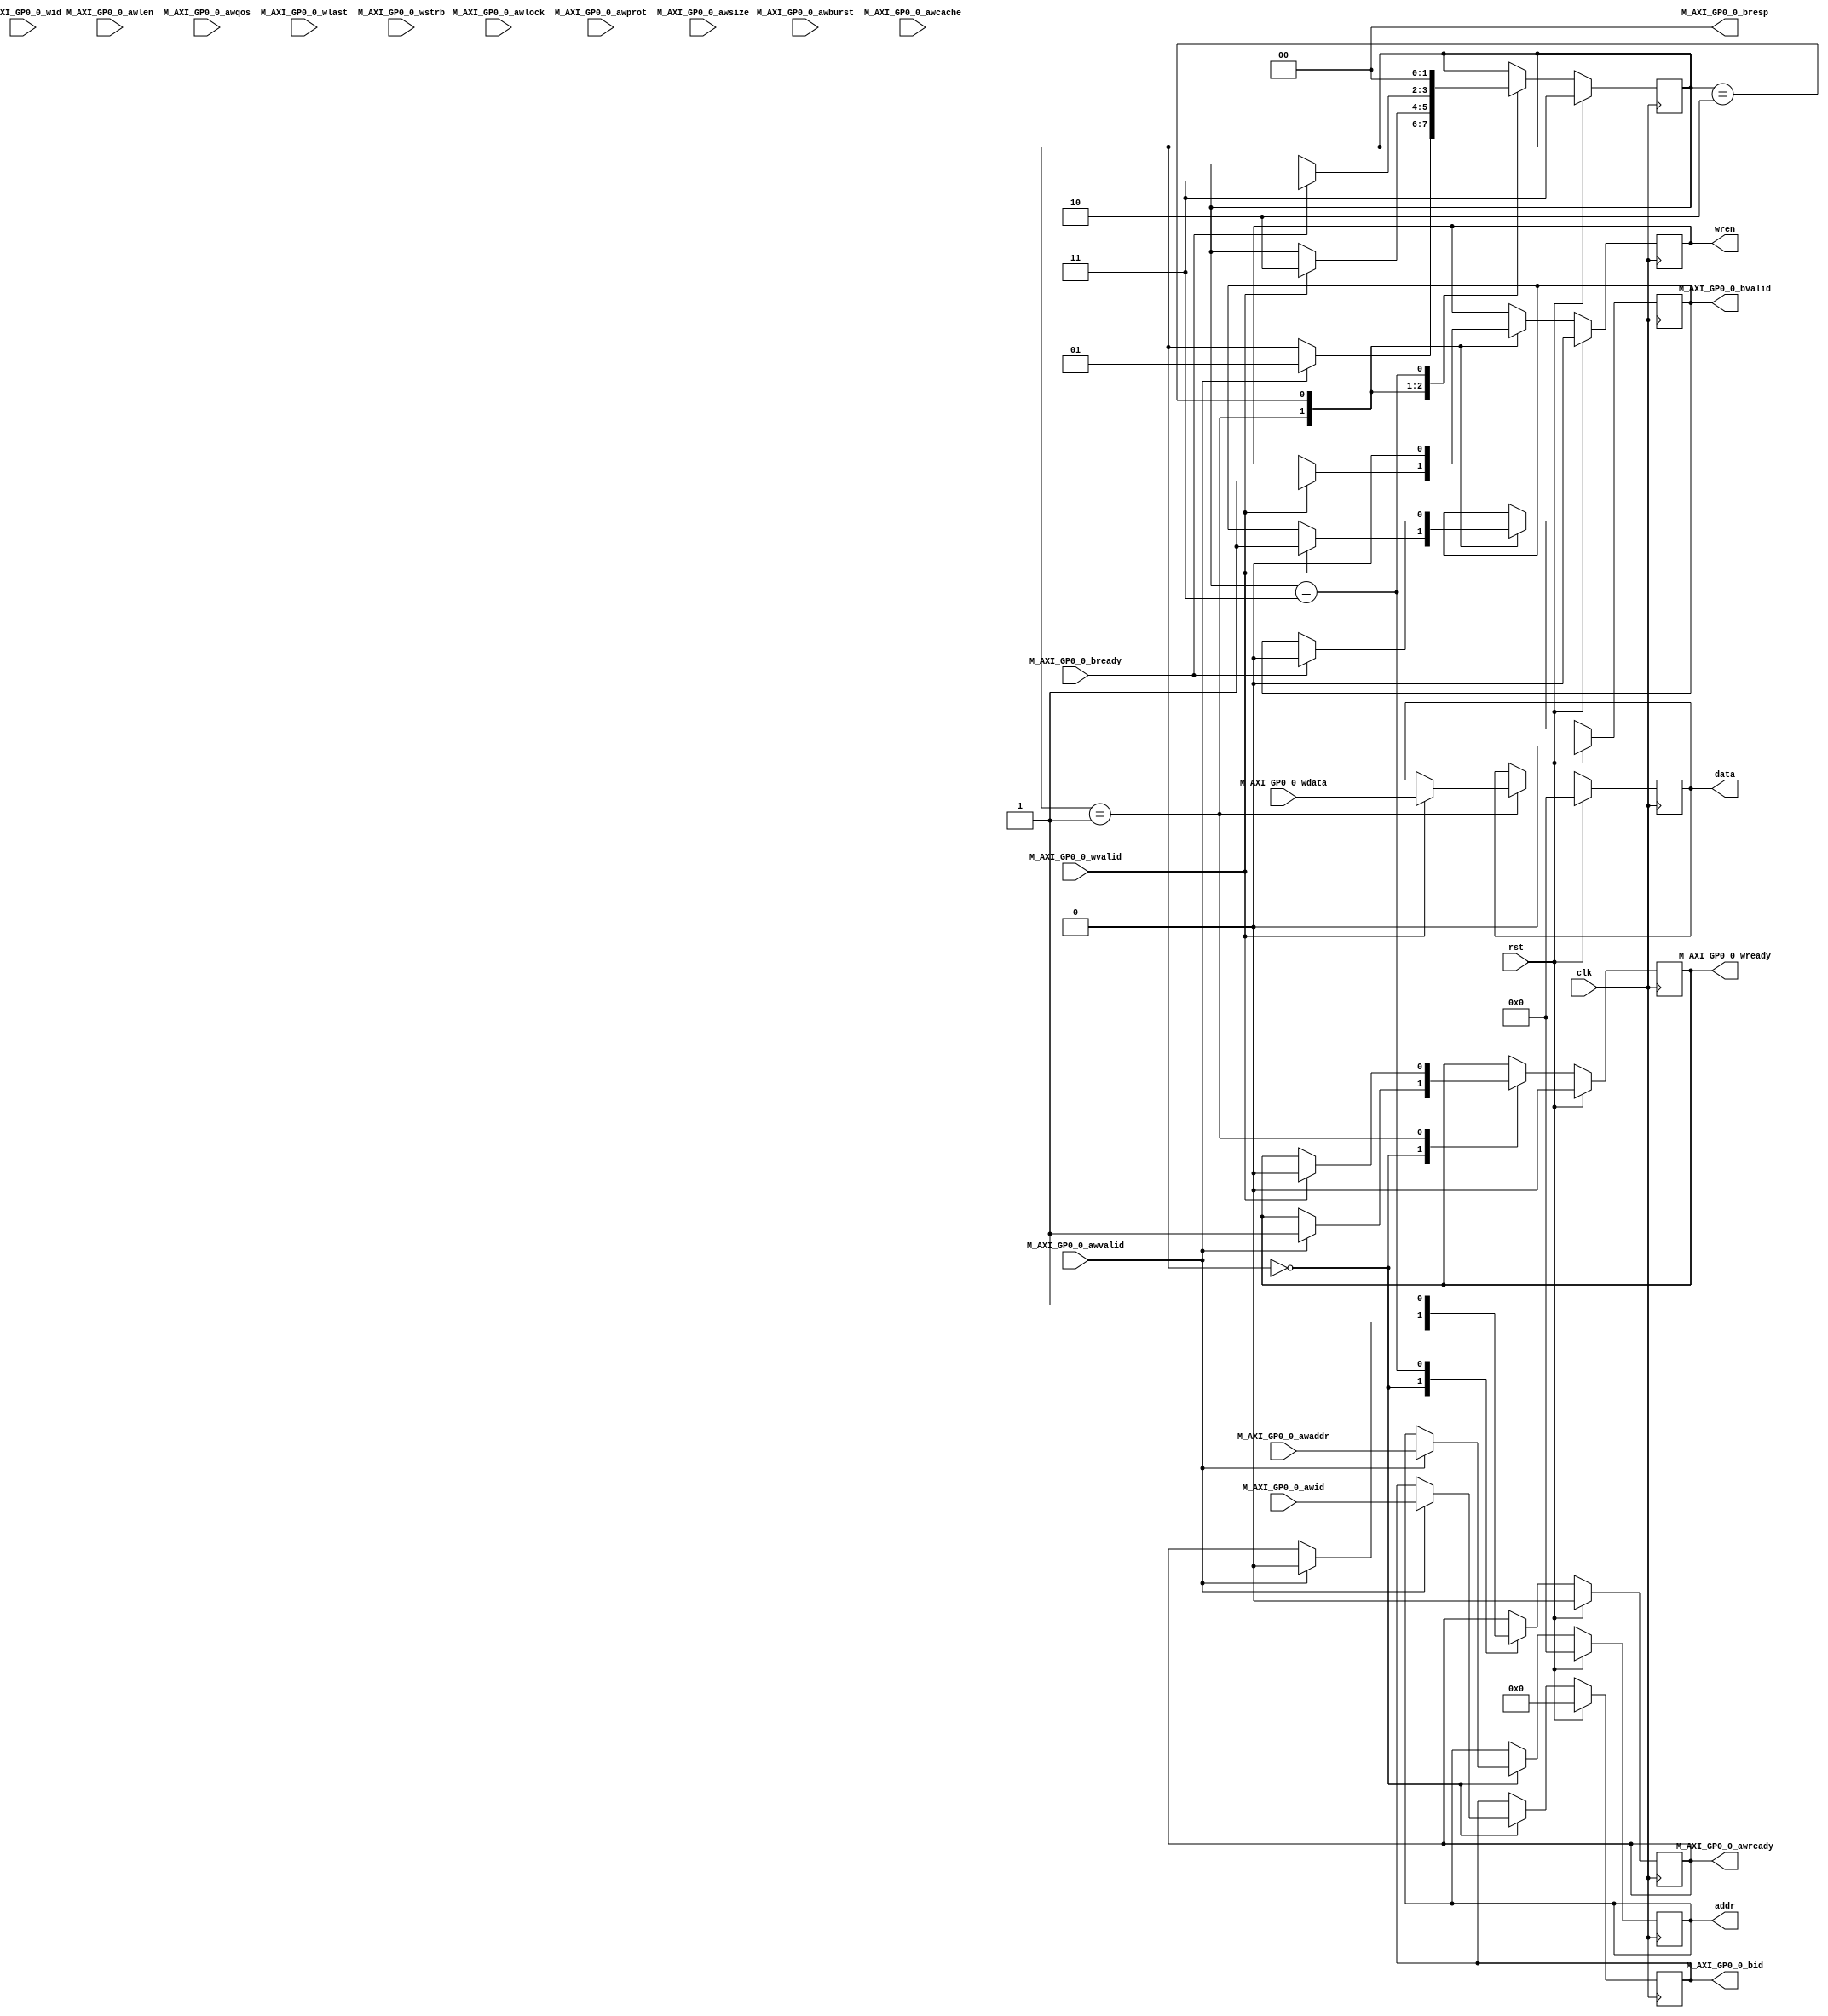
`timescale 1ns / 1ps
//////////////////////////////////////////////////////////////////////////////////
// Company:
// Engineer:
//
// Design Name:
// Module Name: Tc_PS_GP_wr_ctl
// Project Name:
// Target Devices:
// Tool Versions:
// Description:
//
// Dependencies:
//
// Revision:
// Revision 0.01 - File Created
// Additional Comments:
//
//////////////////////////////////////////////////////////////////////////////////


module Tc_PS_GP_wr_ctl(
input                      clk                      ,
input                      rst                      ,
output      [31:0]         addr                     ,
output      [31:0]         data                     ,
output                     wren                     ,
input       [31:0]         M_AXI_GP0_0_awaddr       ,
input       [1:0]          M_AXI_GP0_0_awburst      ,
input       [3:0]          M_AXI_GP0_0_awcache      ,
input       [11:0]         M_AXI_GP0_0_awid         ,
input       [3:0]          M_AXI_GP0_0_awlen        ,
input       [1:0]          M_AXI_GP0_0_awlock       ,
input       [2:0]          M_AXI_GP0_0_awprot       ,
input       [3:0]          M_AXI_GP0_0_awqos        ,
output                     M_AXI_GP0_0_awready      ,
input       [2:0]          M_AXI_GP0_0_awsize       ,
input                      M_AXI_GP0_0_awvalid      ,
output      [11:0]         M_AXI_GP0_0_bid          ,
input                      M_AXI_GP0_0_bready       ,
output      [1:0]          M_AXI_GP0_0_bresp        ,
output                     M_AXI_GP0_0_bvalid       ,
input       [31:0]         M_AXI_GP0_0_wdata        ,
input       [11:0]         M_AXI_GP0_0_wid          ,
input                      M_AXI_GP0_0_wlast        ,
output                     M_AXI_GP0_0_wready       ,
input       [3:0]          M_AXI_GP0_0_wstrb        ,
input                      M_AXI_GP0_0_wvalid
    );

reg        awready   =0;
reg        wready    =0;
reg        bvalid    =0;
reg [11:0] bid       =0;
wire[31:0] awaddr      ;
wire       awvalid     ;
wire[11:0] awid        ;
wire       bready      ;
wire[31:0] wdata       ;
wire       wvalid      ;
reg [31:0] t_addr    =0;
reg [31:0] t_data    =0;
reg        t_wren    =0;

localparam S_IDLE = 0,
           S_ADDR = 1,
           S_DATA = 2,
           S_CMPT = 3;
reg[1:0] state=S_CMPT;
always@(posedge clk)begin
	if(rst)begin
		state      <= S_CMPT;
		awready    <= 0     ;
		wready     <= 0     ;
		bvalid     <= 0     ;
		bid        <= 0     ;
		t_addr     <= 0     ;
		t_data     <= 0     ;
		t_wren     <= 0     ;
	end else begin
		case(state)
			S_IDLE :begin
				if(awvalid)begin
					awready <= 0      ;
					wready  <= 1      ;
					bid     <= awid   ;
					t_addr  <= awaddr ;
					state   <= S_ADDR ;
				end
			end
			S_ADDR :begin
				if(wvalid)begin
					wready <= 0       ;
					t_data <= wdata   ;
					t_wren <= 1       ;
					bvalid <= 1       ;
					state  <= S_DATA  ;
				end
			end
			S_DATA :begin
				if(bready)begin
					bvalid <= 0        ;
					state  <= S_CMPT   ;
				end
				t_wren <= 0;
			end
			S_CMPT :begin
				awready <= 1         ;
				state   <= S_IDLE    ;
			end
		endcase
	end
end

assign addr = t_addr ;
assign data = t_data ;
assign wren = t_wren ;

assign M_AXI_GP0_0_awready = awready             ;
assign M_AXI_GP0_0_wready  = wready              ;
assign M_AXI_GP0_0_bvalid  = bvalid              ;
assign M_AXI_GP0_0_bid     = bid                 ;
assign M_AXI_GP0_0_bresp   = 0                   ;
assign awaddr              = M_AXI_GP0_0_awaddr  ;
assign awvalid             = M_AXI_GP0_0_awvalid ;
assign awid                = M_AXI_GP0_0_awid    ;
assign bready              = M_AXI_GP0_0_bready  ;
assign wdata               = M_AXI_GP0_0_wdata   ;
assign wvalid              = M_AXI_GP0_0_wvalid  ;

endmodule